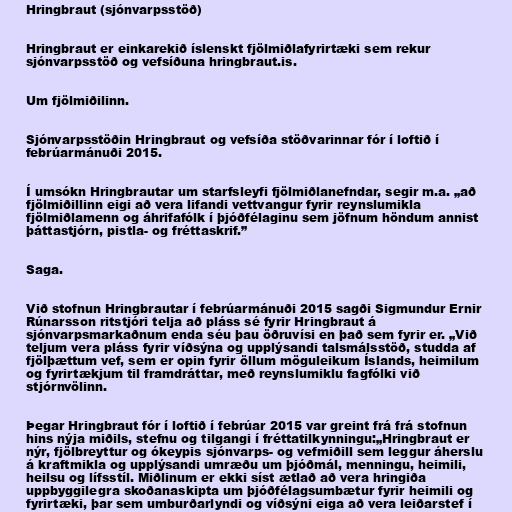
Hringbraut (sjónvarpsstöð)

Hringbraut er einkarekið íslenskt fjölmiðlafyrirtæki sem rekur
sjónvarpsstöð og vefsíðuna hringbraut.is.

Um fjölmiðilinn.

Sjónvarpsstöðin Hringbraut og vefsíða stöðvarinnar fór í loftið í
febrúarmánuði 2015.

Í umsókn Hringbrautar um starfsleyfi fjölmiðlanefndar, segir m.a. „að
fjölmiðillinn eigi að vera lifandi vettvangur fyrir reynslumikla
fjölmiðlamenn og áhrifafólk í þjóðfélaginu sem jöfnum höndum annist
þáttastjórn, pistla- og fréttaskrif.”

Saga.

Við stofnun Hringbrautar í febrúarmánuði 2015 sagði Sigmundur Ernir
Rúnarsson ritstjóri telja að pláss sé fyrir Hringbraut á
sjónvarpsmarkaðnum enda séu þau öðruvísi en það sem fyrir er. „Við
teljum vera pláss fyrir víðsýna og upplýsandi talsmálsstöð, studda af
fjölþættum vef, sem er opin fyrir öllum möguleikum Íslands, heimilum
og fyrirtækjum til framdráttar, með reynslumiklu fagfólki við
stjórnvölinn.

Þegar Hringbraut fór í loftið í febrúar 2015 var greint frá frá stofnun
hins nýja miðils, stefnu og tilgangi í fréttatilkynningu:„Hringbraut er
nýr, fjölbreyttur og ókeypis sjónvarps- og vefmiðill sem leggur áherslu
á kraftmikla og upplýsandi umræðu um þjóðmál, menningu, heimili,
heilsu og lífsstíl. Miðlinum er ekki síst ætlað að vera hringiða
uppbyggilegra skoðanaskipta um þjóðfélagsumbætur fyrir heimili og
fyrirtæki, þar sem umburðarlyndi og víðsýni eiga að vera leiðarstef í